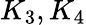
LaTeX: K_{3},K_{4}